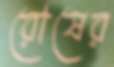
রোষের